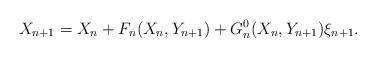
LaTeX: \begin{align*}X_{n+1} = X_n+ F_n(X_n, Y_{n+1}) + G^0_n(X_n,Y_{n+1})\xi_{n+1}.\end{align*}